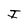
Character: I